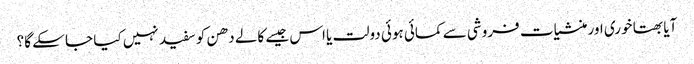
آیا بھتا خوری اور منشیات فروشی سے کمائی ہوئی دولت یا اس جیسے کالے دھن کو سفید نہیں کیا جا سکے گا؟